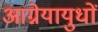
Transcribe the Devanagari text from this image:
आग्नेयायुधों